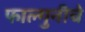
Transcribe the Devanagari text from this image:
फाल्गुनीचे